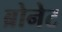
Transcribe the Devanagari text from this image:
ब्रोनेट